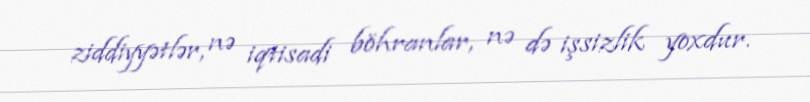
ziddiyyətlər, nə iqtisadi böhranlar, nə də işsizlik yoxdur.